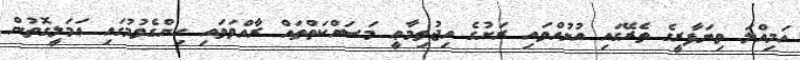
އަމިއްލަ ވިޔަފާރީގެ ތެރޭގައި އުޅުއްވައި ރަށުގެ އިޖުތިމާޢީ މަސައްކަތްތައް ރާއްވަވައި ހިންގެވުމުގައި ޢަމަލީގޮތުން